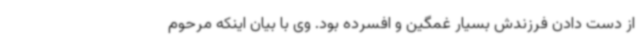
از دست دادن فرزندش بسیار غمگین و افسرده بود. وی با بیان اینکه مرحوم